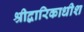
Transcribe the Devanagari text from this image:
श्रीद्वारिकाधीश